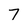
Character: 7